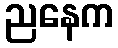
ညနေက